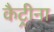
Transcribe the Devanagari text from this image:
कैट्रीना